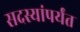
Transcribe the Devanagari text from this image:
सदस्यांपर्यंत